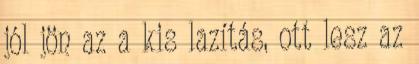
jól jön az a kis lazítás, ott lesz az